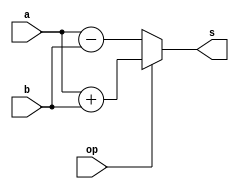
module AddOrSub(a,b,op,s);
parameter SIZE=8;
parameter ADD=1'b1;
input op;

input [SIZE-1:0]a,b;
output [SIZE-1:0]s;

	assign s=(op==ADD)?a+b:a-b;
endmodule